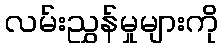
လမ်းညွှန်မှုများကို